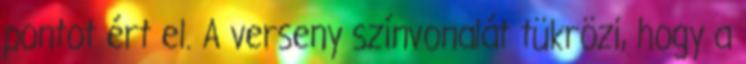
pontot ért el. A verseny színvonalát tükrözi, hogy a